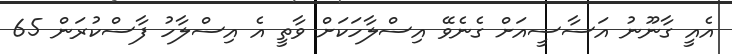
އެއީ ގާނޫނު އަސާސީއަށް ގެނެވޭ އިސްލާހަކަށް ވާތީ އެ އިސްލާހު ފާސްކުރަން 65